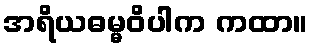
အရိယဓမ္မဝိပါက ကထာ။